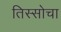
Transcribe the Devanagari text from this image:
तिस्सोचा